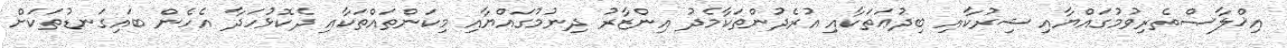
އިޚްލާޞްތެރިވުމުގައްޔާއި ޝިރުކާއި ބިދުޢަތަކާއި އުރެދުންތަކާމެދު އިންޒާރު ދިނުމުގައްޔާއި މިކަންތައްތަކާއި ދެކޮޅުހަދާ އެހެން ބައިގަނޑުތަކަށް